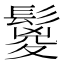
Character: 鬉